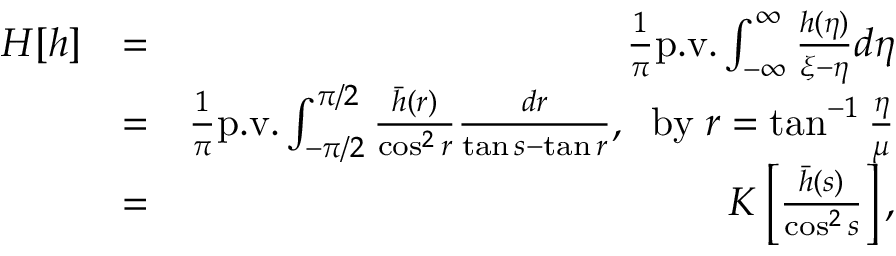
\begin{array} { r l r } { H [ h ] } & { = } & { \frac { 1 } { \pi } \mathrm { p . v . } \int _ { - \infty } ^ { \infty } \frac { h ( \eta ) } { \xi - \eta } d \eta } \\ & { = } & { \frac { 1 } { \pi } \mathrm { p . v . } \int _ { - \pi / 2 } ^ { \pi / 2 } \frac { \bar { h } ( r ) } { \cos ^ { 2 } r } \frac { d r } { \tan s - \tan r } , \; \; \mathrm { b y } \; r = \tan ^ { - 1 } \frac { \eta } { \mu } } \\ & { = } & { K \left[ \frac { \bar { h } ( s ) } { \cos ^ { 2 } s } \right] , } \end{array}